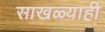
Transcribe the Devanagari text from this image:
साखळ्याही